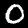
Digit: 0